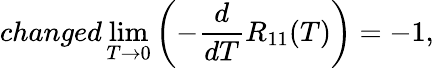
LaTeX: changed\operatorname*{lim}_{T\to 0}\left(-\frac{d}{dT}R_{11}(T)\right)=-1,